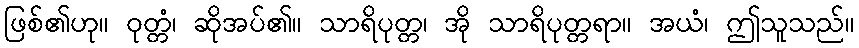
ဖြစ်၏ဟု။ ဝုတ္တံ၊ ဆိုအပ်၏။ သာရိပုတ္တ၊ အို သာရိပုတ္တရာ။ အယံ၊ ဤသူသည်။